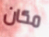
مكان